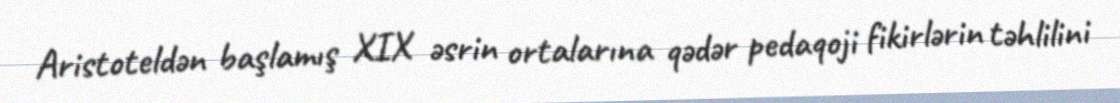
Aristoteldən başlamış XIX əsrin ortalarına qədər pedaqoji fikirlərin təhlilini